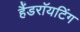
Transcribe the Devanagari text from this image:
हैंडराॅयटिंग